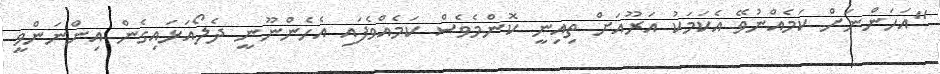
"އަހަންނަށް ކަމެއްނުވޭ އެކަމަކު އަރޫއަށް ތިއިނީ ކޮންމެވެސް ކަމެއްވެފައި އެހެންނޫނީ ދެލޯއަޅައިގެން އިންނަންވީ